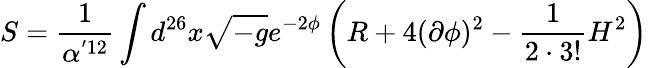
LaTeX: S=\frac{1}{\alpha^{'12}}\int d^{26}x\sqrt{-g}e^{-2\phi}\left(R+4(\partial\phi)^{2}-\frac{1}{2\cdot 3!}H^{2}\right)